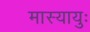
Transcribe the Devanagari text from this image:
मास्यायुः